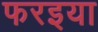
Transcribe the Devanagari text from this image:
फरइया